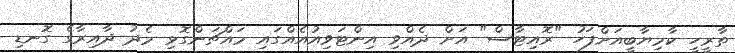
ތާރީހީ ކާމިޔާބީއަށްފަހު "ރޮއިޓާސް" އަށް ދެއްވި އިންޓަވިއުއެއްގައި މައްޗަންގޮޅި މެދު ދާއިރާގެ ގޮނޑި